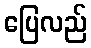
ပြေလည်